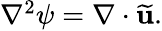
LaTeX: \begin{array}{r}{\nabla^{2}\psi=\nabla\cdot\widetilde{\textbf{u}}.}\end{array}